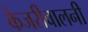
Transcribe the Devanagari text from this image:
केजरीवालनी